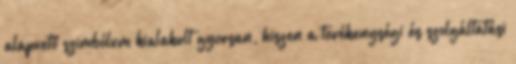
alapvető szimbólum kialakult gyorsan, hiszen a tevékenységi és szolgáltatási